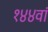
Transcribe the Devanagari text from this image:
१४४वां